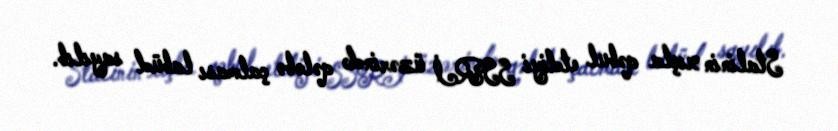
Stalinin xışla qəbul etdiyi SSRİ üzərində qələbə çalması labüd sayılıb.